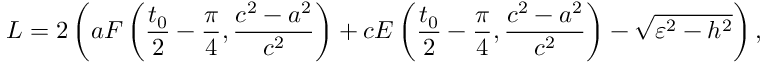
L = 2 \left( a F \left( \frac { t _ { 0 } } { 2 } - \frac { \pi } { 4 } , \frac { c ^ { 2 } - a ^ { 2 } } { c ^ { 2 } } \right) + c E \left( \frac { t _ { 0 } } { 2 } - \frac { \pi } { 4 } , \frac { c ^ { 2 } - a ^ { 2 } } { c ^ { 2 } } \right) - \sqrt { \varepsilon ^ { 2 } - h ^ { 2 } } \right) ,